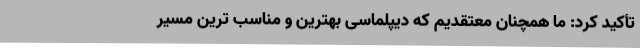
تأکید کرد: ما همچنان معتقدیم که دیپلماسی بهترین و مناسب ترین مسیر